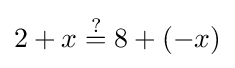
2+x\mathrel {\overset {?}{=}} 8+(-x)